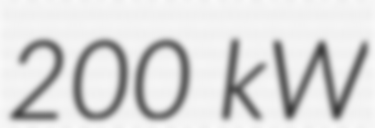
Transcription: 200 kW